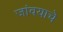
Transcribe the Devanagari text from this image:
जांवयाचे